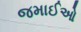
જમાઈઓ